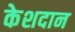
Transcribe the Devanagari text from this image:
केशदान